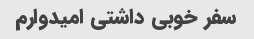
سفر خوبی داشتی امیدوارم